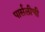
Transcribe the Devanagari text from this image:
पार्सलीची